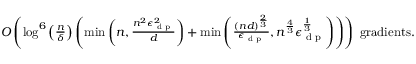
\begin{array} { r } { O \left( \log ^ { 6 } \left( \frac n \delta \right) \left( \operatorname* { m i n } \left( n , \frac { n ^ { 2 } \epsilon _ { \textup { d p } } ^ { 2 } } { d } \right) + \operatorname* { m i n } \left( \frac { ( n d ) ^ { \frac 2 3 } } { \epsilon _ { \textup { d p } } } , n ^ { \frac 4 3 } \epsilon _ { \textup { d p } } ^ { \frac 1 3 } \right) \right) \right) \mathrm { ~ g r a d i e n t s . } } \end{array}